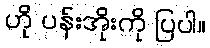
ဟို ပန်းအိုးကို ပြပါ။